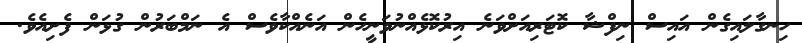
ހިނގާލައިގެން އައިސް ނިފްޝާ ކޮޓަރިއަށްވަނެ އިރުކޮޅެއްނުވަނީހެން އަނެއްކާވެސް އެ ނަމްބަރުން ގުޅަން ފެށިއެވެ.